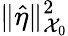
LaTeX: \| \hat{\eta}\| _{\mathcal{X}_{0}}^{2}